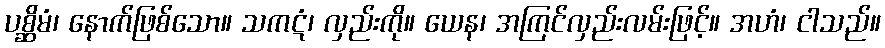
ပစ္ဆိမံ၊ နောက်ဖြစ်သော။ သကဋံ၊ လှည်းကို။ ယေန၊ အကြင်လှည်းလမ်းဖြင့်။ အဟံ၊ ငါသည်။